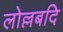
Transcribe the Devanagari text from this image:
लोल्लबदि